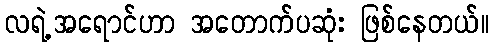
လရဲ့အရောင်ဟာ အတောက်ပဆုံး ဖြစ်နေတယ်။